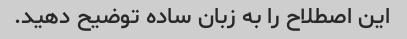
این اصطلاح را به زبان ساده توضیح دهید.